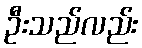
ဦးသည်လည်း